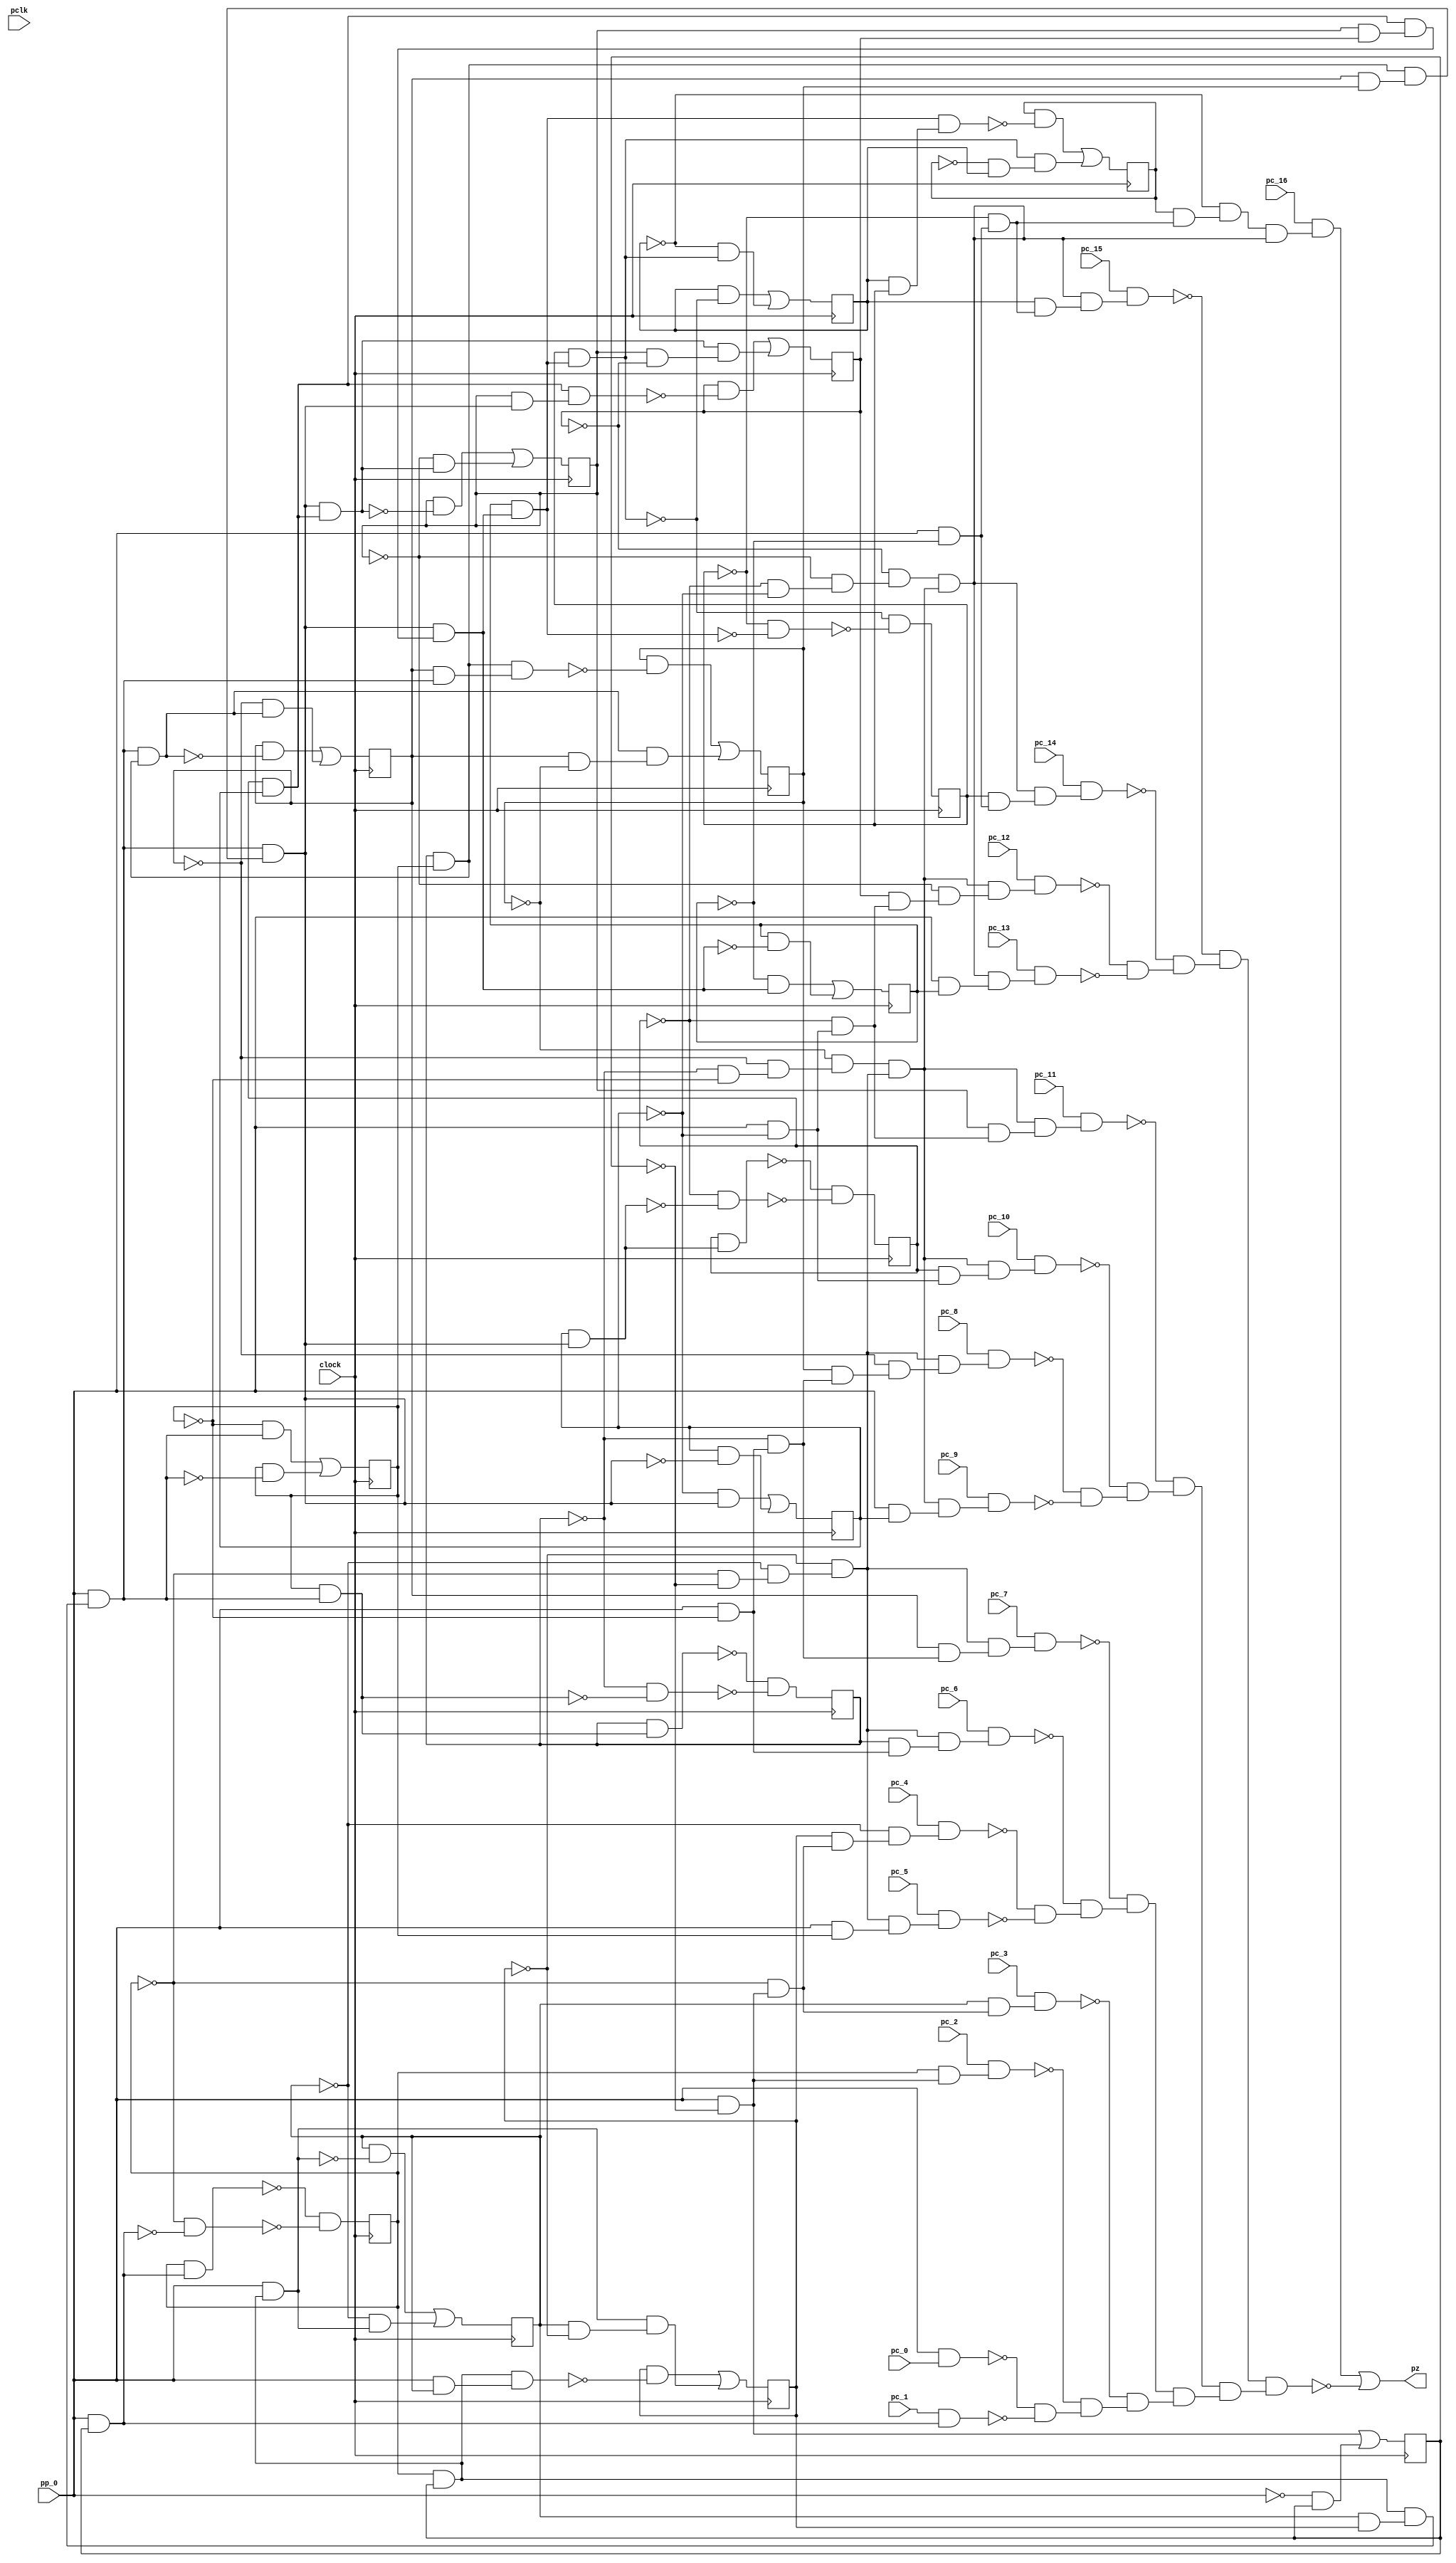
module top ( clock, 
    pc_10, pc_11, pc_12, pp_0, pclk, pc_9, pc_8, pc_13, pc_7, pc_14, pc_6,
    pc_15, pc_5, pc_16, pc_4, pc_3, pc_2, pc_1, pc_0,
    pz  );
  input  clock;
  input  pc_10, pc_11, pc_12, pp_0, pclk, pc_9, pc_8, pc_13, pc_7, pc_14,
    pc_6, pc_15, pc_5, pc_16, pc_4, pc_3, pc_2, pc_1, pc_0;
  output pz;
  reg n_n185, n_n182, n_n183, n_n184, n_n76, n_n179, n_n180, n_n181, n_n75,
    n_n74, n_n186, n_n187, n_n77, n_n78, n_n188, n_n189;
  wire new_n69_, new_n70_, new_n71_, new_n72_1_, new_n73_, new_n74_,
    new_n75_, new_n76_, new_n77_1_, new_n78_, new_n79_, new_n80_, new_n81_,
    new_n82_1_, new_n83_, new_n84_, new_n85_, new_n86_, new_n87_1_,
    new_n88_, new_n89_, new_n90_, new_n91_, new_n92_1_, new_n93_, new_n94_,
    new_n95_, new_n96_, new_n97_1_, new_n98_, new_n99_, new_n100_,
    new_n101_, new_n102_1_, new_n103_, new_n104_, new_n105_, new_n106_,
    new_n107_1_, new_n108_, new_n109_, new_n110_, new_n111_, new_n112_1_,
    new_n113_, new_n114_, new_n115_, new_n116_, new_n117_1_, new_n118_,
    new_n119_, new_n120_, new_n121_, new_n122_, new_n123_, new_n124_,
    new_n125_, new_n126_, new_n127_, new_n128_, new_n129_, new_n130_,
    new_n131_, new_n132_, new_n133_, new_n134_, new_n135_, new_n136_,
    new_n137_, new_n138_, new_n139_, new_n140_, new_n141_, new_n142_,
    new_n143_, new_n144_, new_n145_, new_n146_, new_n147_, new_n148_,
    new_n149_, new_n150_, new_n151_, new_n153_, new_n154_, new_n155_,
    new_n156_, new_n157_, new_n158_, new_n159_, new_n160_, new_n161_,
    new_n162_, new_n163_, new_n164_, new_n166_, new_n167_, new_n168_,
    new_n170_, new_n171_, new_n172_, new_n174_, new_n175_, new_n177_,
    new_n178_, new_n179_, new_n180_, new_n181_, new_n183_, new_n184_,
    new_n185_, new_n187_, new_n188_, new_n190_, new_n192_, new_n193_,
    new_n194_, new_n195_, new_n196_, new_n198_, new_n199_, new_n200_,
    new_n201_, new_n202_, new_n204_, new_n205_, new_n206_, new_n208_,
    new_n209_, new_n211_, new_n212_, new_n213_, new_n214_, new_n215_,
    new_n216_, new_n217_, new_n218_, new_n219_, new_n220_, new_n222_,
    new_n223_, new_n225_, new_n227_, new_n228_, n42, n47, n52, n57, n62,
    n67, n72, n77, n82, n87, n92, n97, n102, n107, n112, n117;
  assign new_n69_ = pp_0 & ~n_n189;
  assign new_n70_ = ~n_n188 & new_n69_;
  assign new_n71_ = n_n77 & new_n70_;
  assign new_n72_1_ = ~n_n78 & new_n71_;
  assign new_n73_ = ~n_n186 & ~n_n187;
  assign new_n74_ = ~n_n185 & new_n73_;
  assign new_n75_ = ~n_n76 & new_n74_;
  assign new_n76_ = ~n_n183 & ~n_n184;
  assign new_n77_1_ = ~n_n182 & new_n76_;
  assign new_n78_ = ~n_n75 & new_n77_1_;
  assign new_n79_ = ~n_n180 & ~n_n181;
  assign new_n80_ = ~n_n179 & new_n79_;
  assign new_n81_ = ~n_n74 & new_n80_;
  assign new_n82_1_ = new_n78_ & new_n81_;
  assign new_n83_ = new_n75_ & new_n82_1_;
  assign new_n84_ = new_n72_1_ & new_n83_;
  assign new_n85_ = pc_16 & new_n84_;
  assign new_n86_ = n_n188 & new_n69_;
  assign new_n87_1_ = new_n83_ & new_n86_;
  assign new_n88_ = pc_14 & new_n87_1_;
  assign new_n89_ = pp_0 & ~n_n187;
  assign new_n90_ = ~n_n186 & new_n89_;
  assign new_n91_ = n_n76 & new_n90_;
  assign new_n92_1_ = ~n_n185 & new_n91_;
  assign new_n93_ = new_n82_1_ & new_n92_1_;
  assign new_n94_ = pc_12 & new_n93_;
  assign new_n95_ = pp_0 & n_n189;
  assign new_n96_ = new_n83_ & new_n95_;
  assign new_n97_1_ = pc_13 & new_n96_;
  assign new_n98_ = ~new_n94_ & ~new_n97_1_;
  assign new_n99_ = n_n78 & new_n70_;
  assign new_n100_ = new_n83_ & new_n99_;
  assign new_n101_ = pc_15 & new_n100_;
  assign new_n102_1_ = ~new_n88_ & new_n98_;
  assign new_n103_ = ~new_n101_ & new_n102_1_;
  assign new_n104_ = n_n186 & new_n89_;
  assign new_n105_ = new_n82_1_ & new_n104_;
  assign new_n106_ = pc_10 & new_n105_;
  assign new_n107_1_ = pp_0 & ~n_n184;
  assign new_n108_ = ~n_n183 & new_n107_1_;
  assign new_n109_ = n_n75 & new_n108_;
  assign new_n110_ = ~n_n182 & new_n109_;
  assign new_n111_ = new_n81_ & new_n110_;
  assign new_n112_1_ = pc_8 & new_n111_;
  assign new_n113_ = pp_0 & n_n187;
  assign new_n114_ = new_n82_1_ & new_n113_;
  assign new_n115_ = pc_9 & new_n114_;
  assign new_n116_ = ~new_n112_1_ & ~new_n115_;
  assign new_n117_1_ = n_n185 & new_n90_;
  assign new_n118_ = new_n82_1_ & new_n117_1_;
  assign new_n119_ = pc_11 & new_n118_;
  assign new_n120_ = ~new_n106_ & new_n116_;
  assign new_n121_ = ~new_n119_ & new_n120_;
  assign new_n122_ = n_n183 & new_n107_1_;
  assign new_n123_ = new_n81_ & new_n122_;
  assign new_n124_ = pc_6 & new_n123_;
  assign new_n125_ = pp_0 & ~n_n181;
  assign new_n126_ = ~n_n180 & new_n125_;
  assign new_n127_ = n_n74 & new_n126_;
  assign new_n128_ = ~n_n179 & new_n127_;
  assign new_n129_ = pc_4 & new_n128_;
  assign new_n130_ = pp_0 & n_n184;
  assign new_n131_ = new_n81_ & new_n130_;
  assign new_n132_ = pc_5 & new_n131_;
  assign new_n133_ = ~new_n129_ & ~new_n132_;
  assign new_n134_ = n_n182 & new_n108_;
  assign new_n135_ = new_n81_ & new_n134_;
  assign new_n136_ = pc_7 & new_n135_;
  assign new_n137_ = ~new_n124_ & new_n133_;
  assign new_n138_ = ~new_n136_ & new_n137_;
  assign new_n139_ = n_n180 & new_n125_;
  assign new_n140_ = pc_2 & new_n139_;
  assign new_n141_ = pp_0 & pc_0;
  assign new_n142_ = pp_0 & n_n181;
  assign new_n143_ = pc_1 & new_n142_;
  assign new_n144_ = ~new_n141_ & ~new_n143_;
  assign new_n145_ = n_n179 & new_n126_;
  assign new_n146_ = pc_3 & new_n145_;
  assign new_n147_ = ~new_n140_ & new_n144_;
  assign new_n148_ = ~new_n146_ & new_n147_;
  assign new_n149_ = new_n138_ & new_n148_;
  assign new_n150_ = new_n121_ & new_n149_;
  assign new_n151_ = new_n103_ & new_n150_;
  assign pz = new_n85_ | ~new_n151_;
  assign new_n153_ = n_n180 & n_n181;
  assign new_n154_ = n_n179 & n_n74;
  assign new_n155_ = new_n153_ & new_n154_;
  assign new_n156_ = pp_0 & new_n155_;
  assign new_n157_ = n_n183 & n_n184;
  assign new_n158_ = n_n182 & n_n75;
  assign new_n159_ = new_n157_ & new_n158_;
  assign new_n160_ = new_n156_ & new_n159_;
  assign new_n161_ = n_n186 & n_n187;
  assign new_n162_ = new_n160_ & new_n161_;
  assign new_n163_ = n_n185 & ~new_n162_;
  assign new_n164_ = ~n_n185 & new_n162_;
  assign n42 = new_n163_ | new_n164_;
  assign new_n166_ = new_n156_ & new_n157_;
  assign new_n167_ = n_n182 & ~new_n166_;
  assign new_n168_ = ~n_n182 & new_n166_;
  assign n47 = new_n167_ | new_n168_;
  assign new_n170_ = n_n184 & new_n156_;
  assign new_n171_ = n_n183 & new_n170_;
  assign new_n172_ = ~n_n183 & ~new_n170_;
  assign n52 = ~new_n171_ & ~new_n172_;
  assign new_n174_ = ~n_n184 & new_n156_;
  assign new_n175_ = n_n184 & ~new_n156_;
  assign n57 = new_n174_ | new_n175_;
  assign new_n177_ = n_n185 & new_n160_;
  assign new_n178_ = new_n161_ & new_n177_;
  assign new_n179_ = n_n76 & ~new_n178_;
  assign new_n180_ = n_n185 & ~n_n76;
  assign new_n181_ = new_n162_ & new_n180_;
  assign n62 = new_n179_ | new_n181_;
  assign new_n183_ = pp_0 & new_n153_;
  assign new_n184_ = n_n179 & ~new_n183_;
  assign new_n185_ = ~n_n179 & new_n183_;
  assign n67 = new_n184_ | new_n185_;
  assign new_n187_ = n_n180 & new_n142_;
  assign new_n188_ = ~n_n180 & ~new_n142_;
  assign n72 = ~new_n187_ & ~new_n188_;
  assign new_n190_ = ~pp_0 & n_n181;
  assign n77 = new_n125_ | new_n190_;
  assign new_n192_ = n_n182 & new_n156_;
  assign new_n193_ = new_n157_ & new_n192_;
  assign new_n194_ = n_n75 & ~new_n193_;
  assign new_n195_ = n_n182 & ~n_n75;
  assign new_n196_ = new_n166_ & new_n195_;
  assign n82 = new_n194_ | new_n196_;
  assign new_n198_ = pp_0 & n_n179;
  assign new_n199_ = new_n153_ & new_n198_;
  assign new_n200_ = n_n74 & ~new_n199_;
  assign new_n201_ = n_n179 & ~n_n74;
  assign new_n202_ = new_n183_ & new_n201_;
  assign n87 = new_n200_ | new_n202_;
  assign new_n204_ = n_n187 & new_n160_;
  assign new_n205_ = n_n186 & new_n204_;
  assign new_n206_ = ~n_n186 & ~new_n204_;
  assign n92 = ~new_n205_ & ~new_n206_;
  assign new_n208_ = ~n_n187 & new_n160_;
  assign new_n209_ = n_n187 & ~new_n160_;
  assign n97 = new_n208_ | new_n209_;
  assign new_n211_ = n_n185 & n_n76;
  assign new_n212_ = new_n161_ & new_n211_;
  assign new_n213_ = new_n160_ & new_n212_;
  assign new_n214_ = n_n189 & new_n213_;
  assign new_n215_ = n_n78 & n_n188;
  assign new_n216_ = new_n214_ & new_n215_;
  assign new_n217_ = n_n77 & ~new_n216_;
  assign new_n218_ = n_n188 & new_n214_;
  assign new_n219_ = ~n_n77 & n_n78;
  assign new_n220_ = new_n218_ & new_n219_;
  assign n102 = new_n217_ | new_n220_;
  assign new_n222_ = n_n78 & ~new_n218_;
  assign new_n223_ = ~n_n78 & new_n218_;
  assign n107 = new_n222_ | new_n223_;
  assign new_n225_ = ~n_n188 & ~new_n214_;
  assign n112 = ~new_n218_ & ~new_n225_;
  assign new_n227_ = ~n_n189 & new_n213_;
  assign new_n228_ = n_n189 & ~new_n213_;
  assign n117 = new_n227_ | new_n228_;
  always @ (posedge clock) begin
    n_n185 <= n42;
    n_n182 <= n47;
    n_n183 <= n52;
    n_n184 <= n57;
    n_n76 <= n62;
    n_n179 <= n67;
    n_n180 <= n72;
    n_n181 <= n77;
    n_n75 <= n82;
    n_n74 <= n87;
    n_n186 <= n92;
    n_n187 <= n97;
    n_n77 <= n102;
    n_n78 <= n107;
    n_n188 <= n112;
    n_n189 <= n117;
  end
endmodule